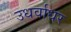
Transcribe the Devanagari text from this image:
उधर्वाधर